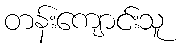
တန်းကျောင်းသူ